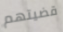
قضيتهم